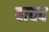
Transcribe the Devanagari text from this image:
बावद